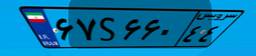
۴۴S۷۸۱۰۷